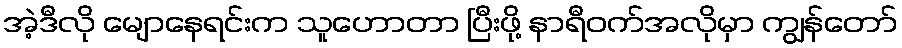
အဲ့ဒီလို မျောနေရင်းက သူဟောတာ ပြီးဖို့ နာရီဝက်အလိုမှာ ကျွန်တော်